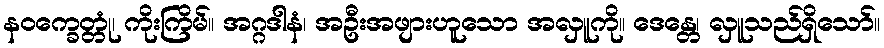
နဝက္ခေတ္တုံ၊ ကိုးကြိမ်။ အဂ္ဂဒါနံ၊ အဦးအဖျားဟူသော အလှူကို။ ဒေန္တေ၊ လှူသည်ရှိသော်။